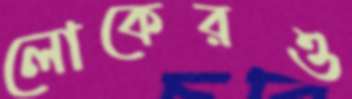
লোকেরও